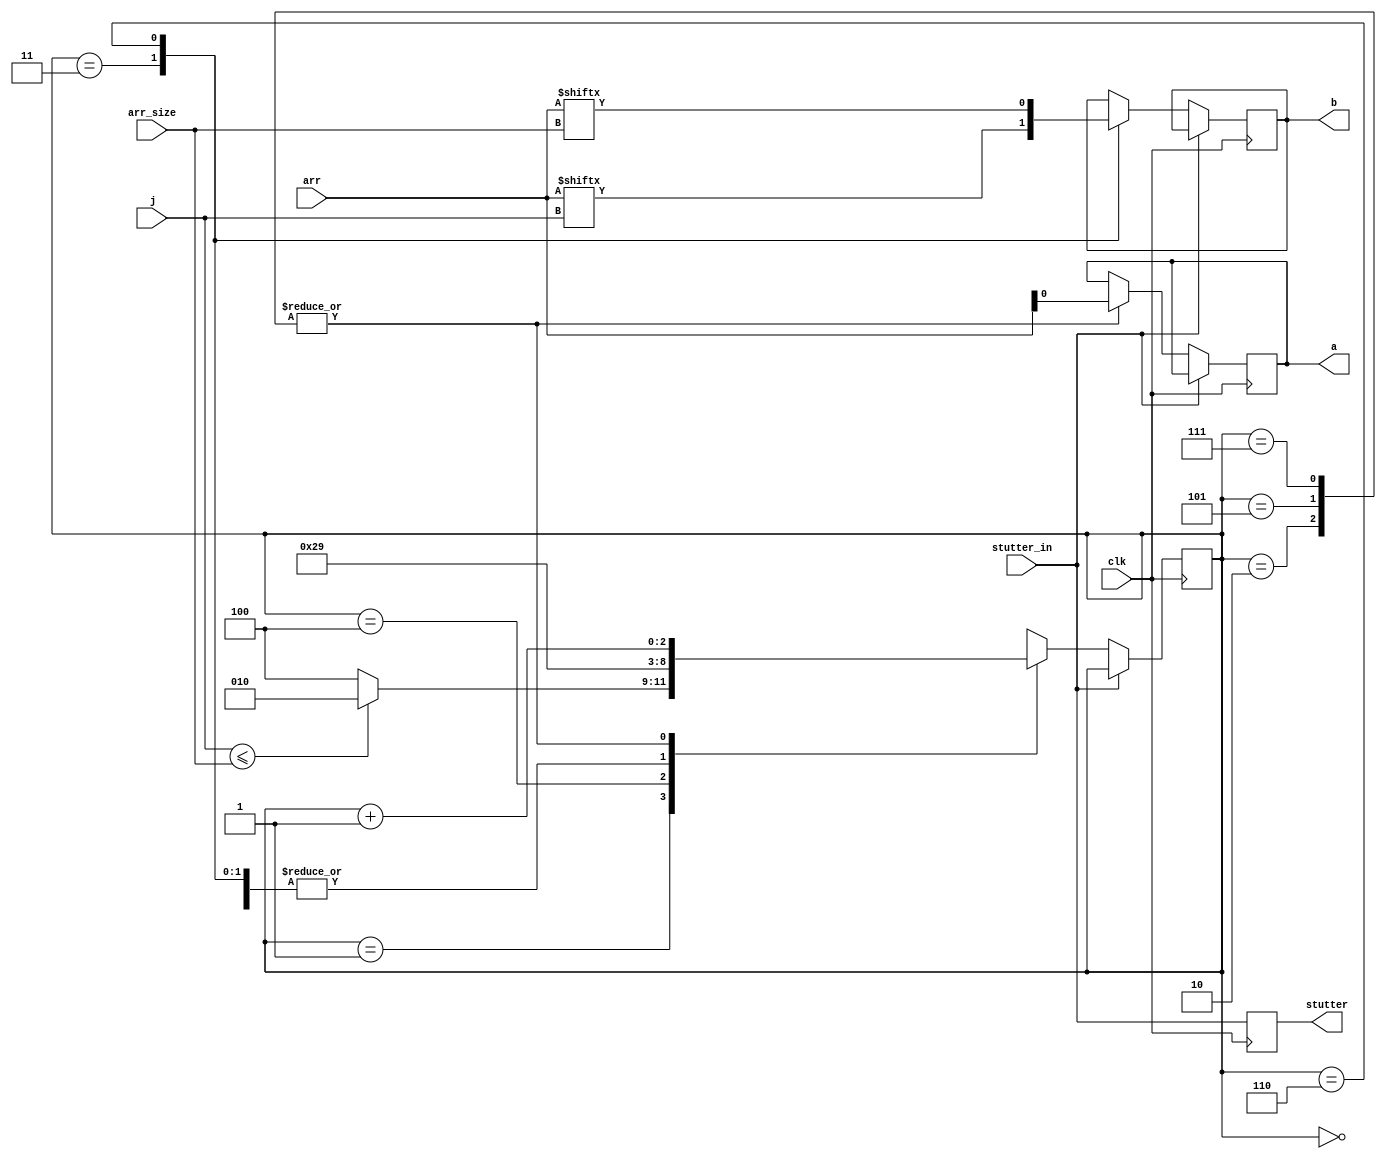
module SOURCE_CODEBLOCK(
    input clk,
    input stutter_in,
    input j, arr_size,
    input [1:0] arr,

    output reg a,b, stutter
);

    reg [2:0] computation_step;
    initial begin
        computation_step <= 0;
        a <= 0;
        b <= 0;
        stutter <= 0;
    end

    always @(posedge clk) begin
        stutter <= stutter_in;
        if (!stutter_in) begin
            case (computation_step)
                0: begin
                    computation_step <= 1;
                end
                1:
                begin
                    computation_step <= (j <= arr_size) ? 2:4;
                end
                2:
                begin
                    a <= arr[0];
                    computation_step <= computation_step + 1;
                end
                3:
                begin
                    b <= arr[j];
                    computation_step <= 9;
                end
                4:
                begin
                    computation_step <= (1) ? 5:7;
                end
                5:
                begin
                    a <= arr[0];
                    computation_step <= computation_step + 1;
                end
                6:
                begin
                    b <= arr[arr_size];
                    computation_step <= 9;
                end
                7:
                begin
                    a <= arr[0];
                    computation_step <= computation_step + 1;
                end
                8:
                begin
                    b <= arr[0];
                    computation_step <= 9;
                end
                9:
                begin
                    
                end
            endcase
        end
    end

endmodule